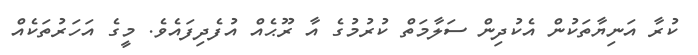
ކުރާ އަނިޔާތަކުން އެކުދިން ސަލާމަތް ކުރުމުގެ އާ ރޫޙެއް އުފެދިފައެވެ. މީގެ އަހަރުތަކެއް